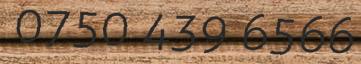
0750 439 6566